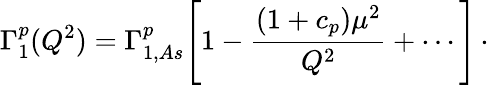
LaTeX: \Gamma_{1}^{p}(Q^{2})=\Gamma_{1,As}^{p}\Biggl[1-{\frac{(1+c_{p})\mu^{2}}{Q^{2}}}+\cdots\Biggl]\, \cdot